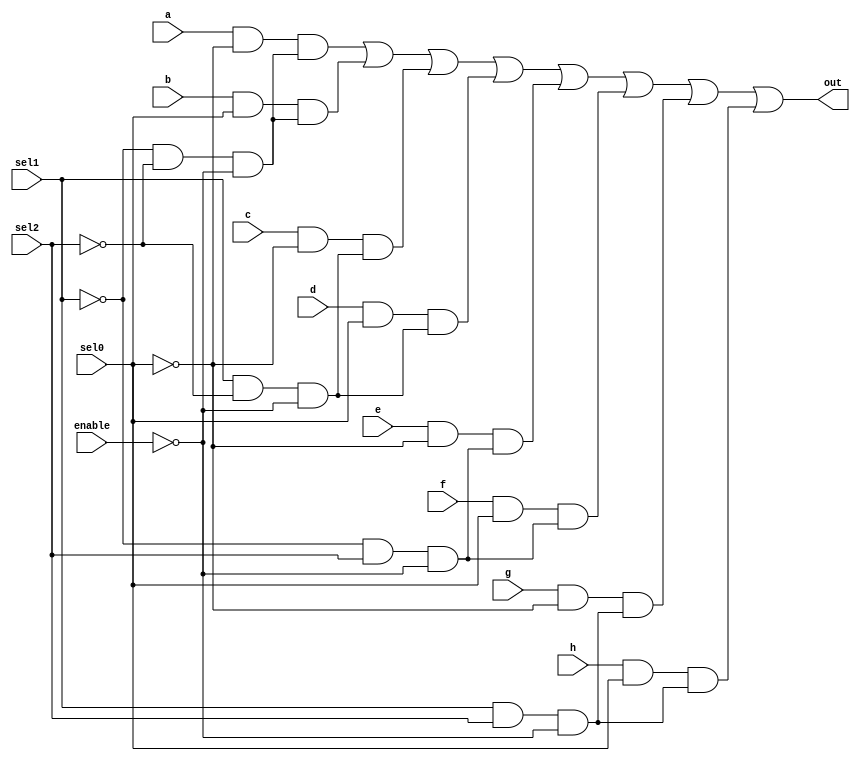
module mux_8x1(a, b, c, d, e, f, g, h, sel0, sel1, sel2, enable, out);

        // ESTE MODULO CREA UN MUX DE SOLO UN BIT DE ENTRADA Y SALIDA, ES UN MUX DE 8X1

        // TIENE UNA ENTRADA DE ENABLE, QUE TRABAJA CON LOGICA NEGAATIVA
        // ENABLE = 0 --> TRABAJA BIEN EL MUX
        //ENABLE =  --> APAGADO EL MUX

        input sel0, sel1, sel2,enable; //ENTRADAS DE SELECCION Y ENABLE
        //ENTRADAS DEL MUX 
        input  a;
        input  b;
        input  c;
        input  d;
        input  e;
        input  f;
        input  g;
        input  h;
        //SALIDA DEL MUX
        output out;

// wire para crear todas las and's de todas las entradas
// cada entrada necesita dos and's
        wire out_ina0; 
        wire out_ina1; 
        wire out_ina2;
        wire out_inaen;

        wire out_inb0; 
        wire  out_inb1; 
        wire  out_inb2;
        wire  out_inben;

        wire  out_inc0;
        wire  out_inc1; 
        wire  out_inc2;
        wire  out_incen;

        wire  out_ind0; 
        wire  out_ind1; 
        wire  out_ind2;
        wire  out_inden;

        wire  out_ine0;
        wire  out_ine1;
        wire  out_ine2;
        wire  out_ineen;

        wire  out_inf0; 
        wire  out_inf1; 
        wire  out_inf2;
        wire  out_infen;

        wire  out_ing0; 
        wire  out_ing1; 
        wire  out_ing2;
        wire  out_ingen;

        wire  out_inh0; 
        wire  out_inh1;
        wire  out_inh2;
        wire  out_inhen;


        // or's para craer la salida final
        wire  or_ab;
        wire  or_abc;
        wire  or_abcd;
        wire  or_abcde;
        wire  or_abcdef; 
        wire  or_abcdefg;



        // and para generar la entrada a
        assign out_ina0 =  a & ~sel0;
        assign out_ina1 =  ~sel1 & ~sel2;
        assign out_inaen = out_ina1 & ~enable;
        assign out_ina2 = out_ina0 & out_inaen;    // usar esta en la or


        // and para generar la entrada b
        assign out_inb0 = b & sel0;
        assign out_inb1 = ~sel1 & ~sel2;
        assign out_inben = out_inb1 & ~enable;
        assign out_inb2 =  out_inb0 & out_inben;   // usar esta en la or

        // and para generar la entrada c
        assign out_inc0 = c & ~sel0;
        assign out_inc1 = sel1 & ~sel2;
        assign out_incen = out_inc1 & ~enable;
        assign out_inc2 = out_inc0 & out_incen;   // usar esta en la or


        // and para generar la entrada d
        assign out_ind0 = d & sel0;
        assign out_ind1 = sel1 & ~sel2;
        assign out_inden = out_ind1 & ~enable;
        assign out_ind2 = out_ind0 & out_inden;       // usar esta en la or

        // and para generar la entrada e
        assign out_ine0 = e & ~sel0;
        assign out_ine1 = ~sel1 & sel2;
        assign out_ineen = out_ine1 & ~enable;
        assign out_ine2 = out_ine0 & out_ineen;       // usar esta en la or


        // and para generar la entrada f
        assign out_inf0 = f & sel0;
        assign out_inf1 = ~sel1 & sel2;
        assign out_infen = out_inf1 & ~enable;
        assign out_inf2 = out_inf0 & out_infen;       // usar esta en la or


        // and para generar la entrada g
        assign out_ing0 = g & ~sel0;
        assign out_ing1 = sel1 & sel2;
        assign out_ingen = out_ing1 & ~enable;
        assign out_ing2 = out_ing0 & out_ingen;       // usar esta en la or


        // and para generar la entrada h
        assign out_inh0 = h & sel0;
        assign out_inh1 = sel1 & sel2;
        assign out_inhen = out_inh1 & ~enable;
        assign out_inh2 = out_inh0 & out_inhen;       // usar esta en la or

        // se hace la or de todas las and de salida de cada entrada
        assign or_ab = out_ina2 | out_inb2;
        assign or_abc = or_ab | out_inc2;
        assign or_abcd = or_abc | out_ind2;
        assign or_abcde = or_abcd | out_ine2;
        assign or_abcdef = or_abcde | out_inf2;
        assign or_abcdefg = or_abcdef | out_ing2;
        assign out = or_abcdefg | out_inh2;   


endmodule